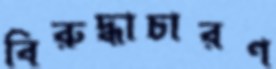
বিরুদ্ধাচারণ